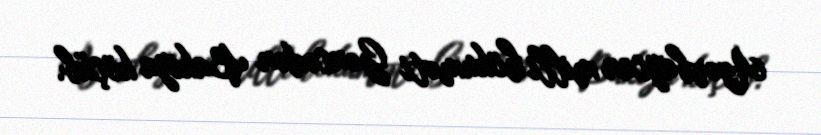
Azərbaycan milli hökuməti Gəncədən Bakıya köçüb.